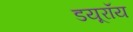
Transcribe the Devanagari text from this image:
डयूरॉय